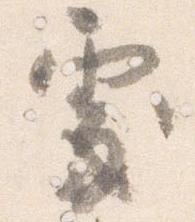
処